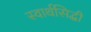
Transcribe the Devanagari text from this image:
स्वार्थसिद्धी